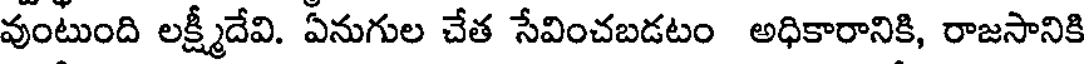
వుంటుంది లక్ష్మీదేవి. ఏనుగుల చేత సేవించబడటం అధికారానికి, రాజసానికి